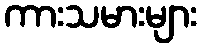
ကားသမားများ